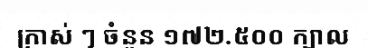
ក្រាស់ ៗ ចំនួន ១៧២.៥០០ ក្បាល